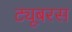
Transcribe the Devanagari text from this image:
ट्यूबरस